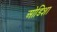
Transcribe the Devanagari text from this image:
ओडिशा